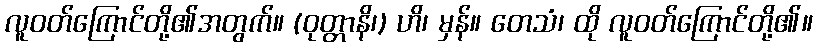
လူဝတ်ကြောင်တို့၏အတွက်။ (ဝုတ္တာနိ၊) ဟိ၊ မှန်။ တေသံ၊ ထို လူဝတ်ကြောင်တို့၏။